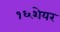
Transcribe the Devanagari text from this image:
१६शेयर